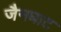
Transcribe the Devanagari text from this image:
जैनघाट